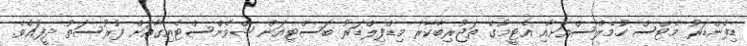
ޑިފެންޑަރު މެޓްސް ހުމެލްސްއަށާއި އެޓީމުގެ ތަޖުރިބާކާރު މިޑްފިލްޑަރު ބަސްޓިއަން ޝްވެންސްޓެއިގާއަށް ފުރުސަތު ދީފައެވެ.